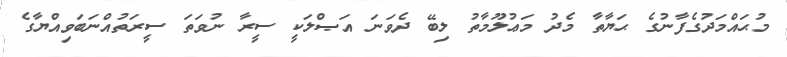
މުޙައްމަދުގެފާނުގެ ޙަޔާތާ މެދު މަޢުލޫމާތު ލިބޭ ދެވަނަ އަޞްލަކީ ސީރާ ނުވަތަ ސީރަތުއްނަބަވިއްޔާގެ